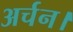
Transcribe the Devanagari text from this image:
अर्चन।